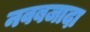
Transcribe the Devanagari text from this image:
नवबजादा